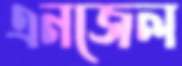
এনজেল